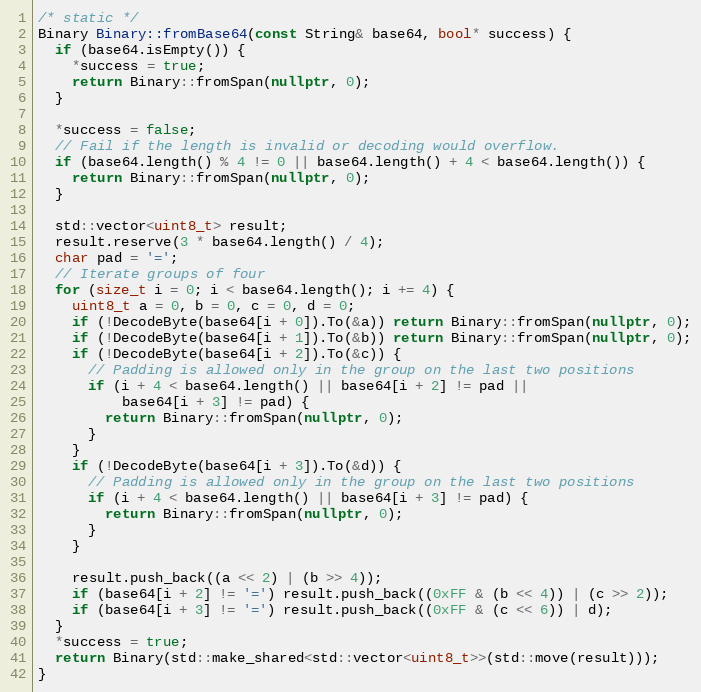
Language: C++
/* static */
Binary Binary::fromBase64(const String& base64, bool* success) {
  if (base64.isEmpty()) {
    *success = true;
    return Binary::fromSpan(nullptr, 0);
  }

  *success = false;
  // Fail if the length is invalid or decoding would overflow.
  if (base64.length() % 4 != 0 || base64.length() + 4 < base64.length()) {
    return Binary::fromSpan(nullptr, 0);
  }

  std::vector<uint8_t> result;
  result.reserve(3 * base64.length() / 4);
  char pad = '=';
  // Iterate groups of four
  for (size_t i = 0; i < base64.length(); i += 4) {
    uint8_t a = 0, b = 0, c = 0, d = 0;
    if (!DecodeByte(base64[i + 0]).To(&a)) return Binary::fromSpan(nullptr, 0);
    if (!DecodeByte(base64[i + 1]).To(&b)) return Binary::fromSpan(nullptr, 0);
    if (!DecodeByte(base64[i + 2]).To(&c)) {
      // Padding is allowed only in the group on the last two positions
      if (i + 4 < base64.length() || base64[i + 2] != pad ||
          base64[i + 3] != pad) {
        return Binary::fromSpan(nullptr, 0);
      }
    }
    if (!DecodeByte(base64[i + 3]).To(&d)) {
      // Padding is allowed only in the group on the last two positions
      if (i + 4 < base64.length() || base64[i + 3] != pad) {
        return Binary::fromSpan(nullptr, 0);
      }
    }

    result.push_back((a << 2) | (b >> 4));
    if (base64[i + 2] != '=') result.push_back((0xFF & (b << 4)) | (c >> 2));
    if (base64[i + 3] != '=') result.push_back((0xFF & (c << 6)) | d);
  }
  *success = true;
  return Binary(std::make_shared<std::vector<uint8_t>>(std::move(result)));
}